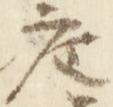
座